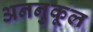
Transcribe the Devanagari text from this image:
अननुकूल